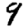
Digit: 9